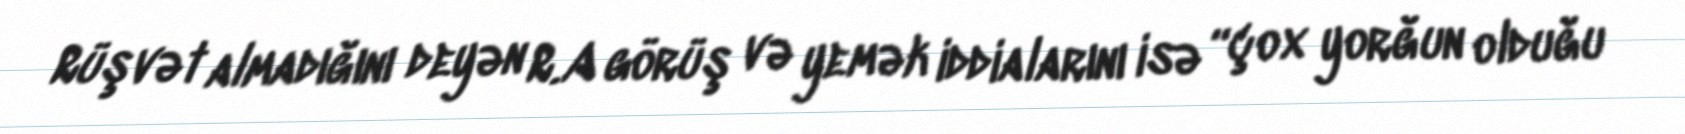
Rüşvət almadığını deyən R.A görüş və yemək iddialarını isə “çox yorğun olduğu